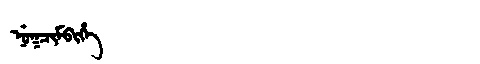
Manchu: ᠨᡠᡴᠴᡳᠮᠪᡳᡥᡝ
Romanization: NUKCIMBIHE